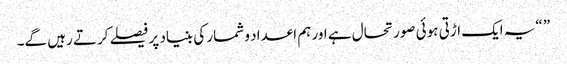
” “یہ ایک اڑتی ہوئی صورتحال ہے اور ہم اعداد و شمار کی بنیاد پر فیصلے کرتے رہیں گے۔